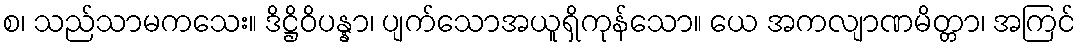
စ၊ သည်သာမကသေး။ ဒိဋ္ဌိဝိပန္နာ၊ ပျက်သောအယူရှိကုန်သော။ ယေ အကလျာဏမိတ္တာ၊ အကြင်